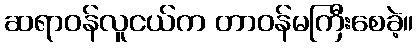
ဆရာဝန်လူငယ်က တာဝန်မကြီးစေခဲ့။